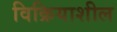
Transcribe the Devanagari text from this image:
विक्रियाशील